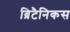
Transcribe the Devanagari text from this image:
ब्रिटैनिकस